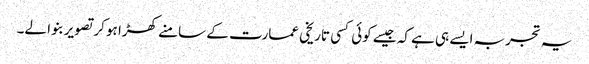
یہ تجربہ ایسے ہی ہے کہ جیسے کوئی کسی تاریخی عمارت کے سامنے کھڑا ہو کر تصویر بنوا لے۔